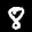
Label: 8